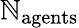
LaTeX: \mathbb{N}_{\mathrm{{agents}}}